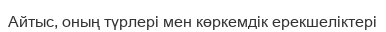
Айтыс, оның түрлері мен көркемдік ерекшеліктері